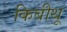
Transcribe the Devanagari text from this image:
किबीथू